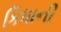
કિધાની